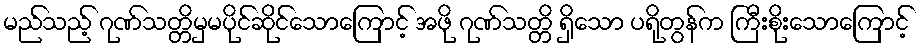
မည်သည့် ဂုဏ်သတ္တိမှမပိုင်ဆိုင်သောကြောင့် အဖို ဂုဏ်သတ္တိ ရှိသော ပရိုတွန်က ကြီးစိုးသောကြောင့်